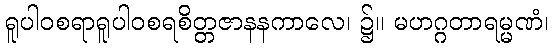
ရူပါဝစရာရူပါဝစရစိတ္တဇာနနကာလေ၊ ၌။ မဟဂ္ဂတာရမ္မဏံ၊